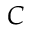
C